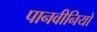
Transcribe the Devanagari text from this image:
पानवीनियो